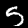
Digit: 5